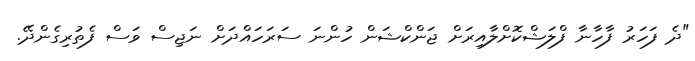
"ދެ ފަހަރު ފާހާނާ ފްލަޝްކޮށްލާއިރަށް ޖަންކްޝަން ހުންނަ ސަރަހައްދަށް ނަޖިސް ވަސް ފެތުރިގެންދޭ.